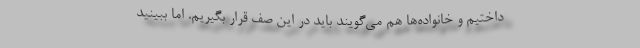
داختیم و خانواده‌ها هم می‌گویند باید در این صف قرار بگیریم. اما ببینید